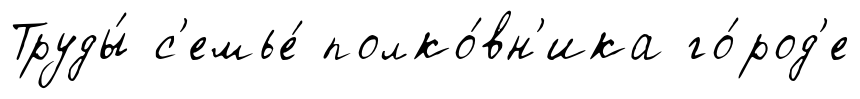
Труды́ с'емье́ полко́вн'ика го́род'е